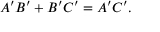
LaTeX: A ^ { \prime } B ^ { \prime } + B ^ { \prime } C ^ { \prime } = A ^ { \prime } C ^ { \prime } .